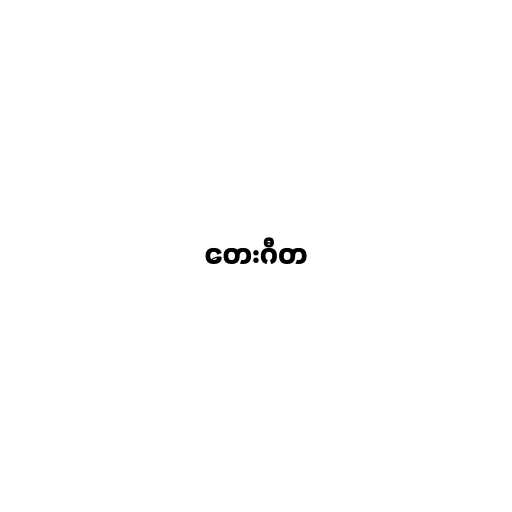
တေးဂီတ